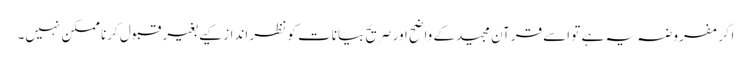
اگر مفروضہ یہ ہے تو اسے قرآن مجیدکے واضح اور صریح بیانات کو نظر انداز کیے بغیر قبول کرنا ممکن نہیں۔